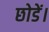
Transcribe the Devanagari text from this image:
छोडें।